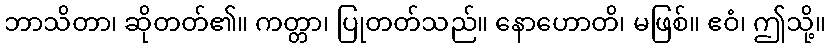
ဘာသိတာ၊ ဆိုတတ်၏။ ကတ္တာ၊ ပြုတတ်သည်။ နောဟောတိ၊ မဖြစ်။ ဧဝံ၊ ဤသို့။